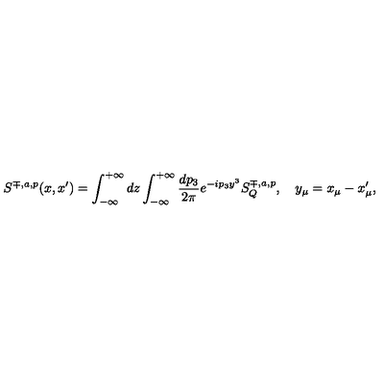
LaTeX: S ^ { \mp , a , p } ( x , x ^ { \prime } ) = \int _ { - \infty } ^ { + \infty } d z \int _ { - \infty } ^ { + \infty } \frac { d p _ { 3 } } { 2 \pi } e ^ { - i p _ { 3 } y ^ { 3 } } S _ { Q } ^ { \mp , a , p } , \quad y _ { \mu } = x _ { \mu } - x _ { \mu } ^ { \prime } ,